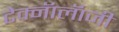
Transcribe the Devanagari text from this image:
टेक्नॅालॅाजी